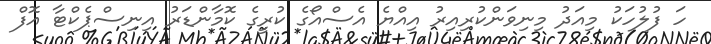
ހަ ފުލުހަކު މިއަދު މިނިވަންކުރިއިރު އިއްޔެ އެސްއޯގެ ކުރީގެ ކޮމާންޑަރު އިނިސްޕެކްޓާ އޮފް